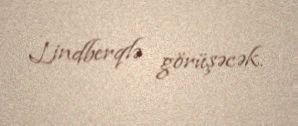
Lindberqlə görüşəcək.